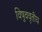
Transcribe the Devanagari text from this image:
विषुववृतीय